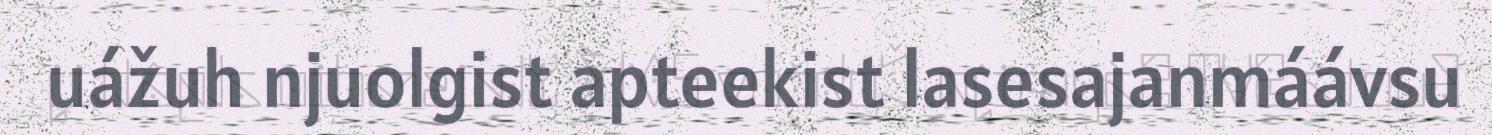
uážuh njuolgist apteekist lasesajanmáávsu